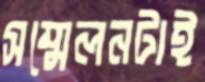
সম্মেলনটাই